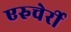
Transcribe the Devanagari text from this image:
एरुचेर्री